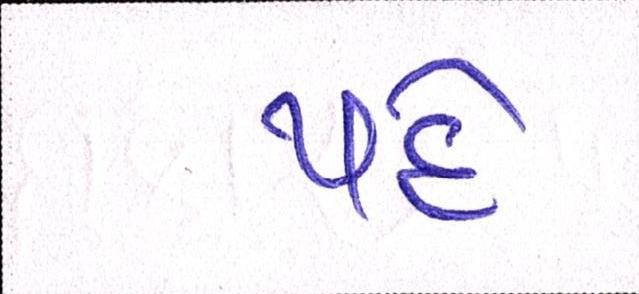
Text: પદે